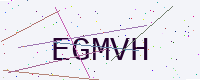
Text: EGMVH